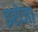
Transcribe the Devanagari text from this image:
इरोजा